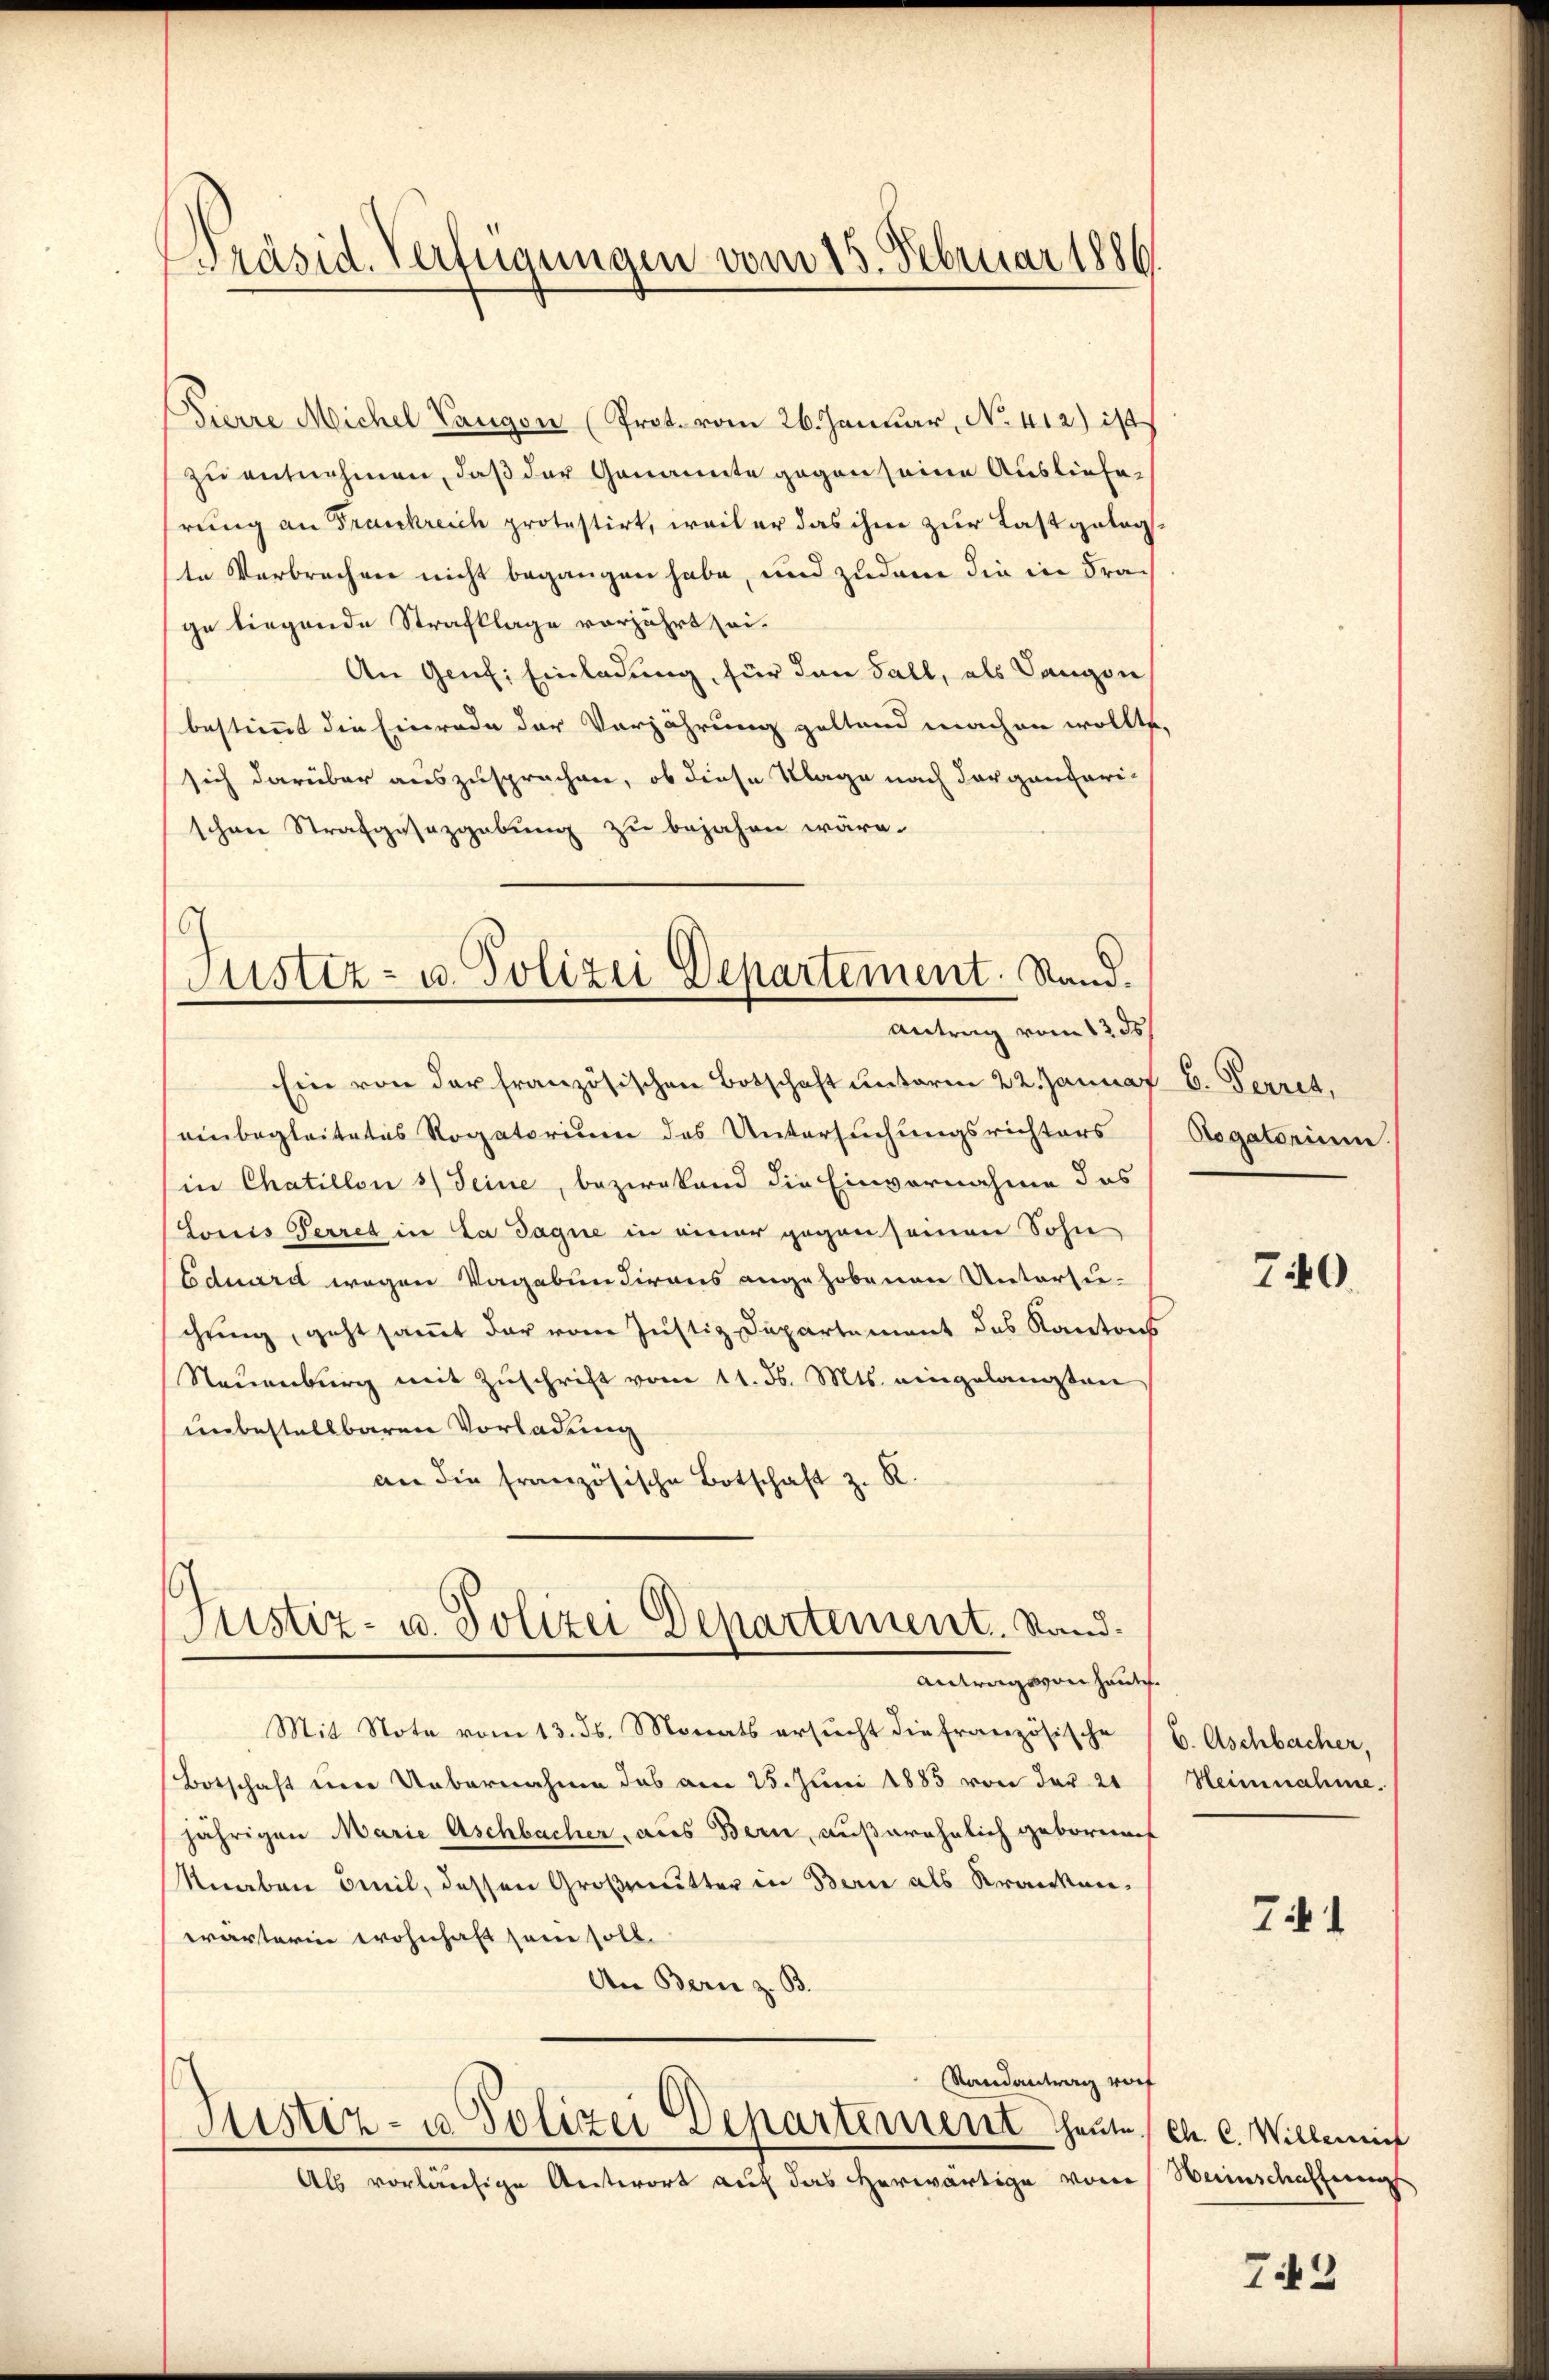
Präsid. Verfügungen vom 15. Februar 1886.

.
Justiz- u. Polizei Departement. Stand.
Antrag vom 12 ds.

Pierre Michel Vangen (Prot. vom 26. Januar, No. 412.) ist
zu entnehmen, daß der Genannte gegen seine Auslieferung an Frankreich protestirt, weil er das ihm zur Last gelegte Verbrechen nicht begangen habe, und zudem die in Frage liegende Strafklage vorjährt sei¬
An Genf, Einladung, für den Fall, als Langwie
bestimmt die Einrade der Verjährung geltend machen wollte,
sich darüber auszusprechen, ob diese Klage nach dargengari-
schen Strafgesezgebung zu bejahen wäre.
Ein von der französischen Botschaft unterm 22. Januar 8. Ferret,
einbegleitetes Rogatorium des Untersuchungsrichters
in Chatillon 3 Seine, bezwekend die Einvernahme des
Lonis Perret in La Jagne in einer gegen seinen Sohn
Eduard wegen Vagabundirens angehobenen Untersuchung, geht samt der vom Justiz Departement des Kantons
Neuenburg mit Zuschrift vom 11. ds. Mts. eingelangten
unbestellbaren Vorladung
an die französische Botschaft z. R.
Justiz- u. Polizei Departement. Stand.
Antrags von heute.
Mit Note vom 13. ds. Monats ersŭcht die französische (E. Aschbacher,
Botschaft eine Uebernahme das am 25. Juni 1885 von der 21
jährigen Marie Aschbacher, aus Bern, außerehelich gebornach
Knaben Emil, dessen Großmutter in Berne als Krankenwärterin wohnhaft sein soll.
An Bern z. B.
Randantrag vorf
Justiz- u Polizei Departement heute, et C. Willei
Als vorläufige Antwort auf das herwärtige von Weinschaffung

Aegatorium.

740.

Heinnahme.

Zif. 1

742